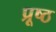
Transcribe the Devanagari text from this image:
प्रूष्ठ